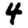
Digit: 4